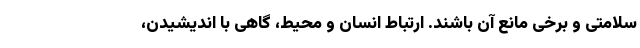
سلامتی و برخی مانع آن باشند. ارتباط انسان و محیط، گاهی با اندیشیدن،